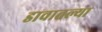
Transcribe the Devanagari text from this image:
डावातल्या